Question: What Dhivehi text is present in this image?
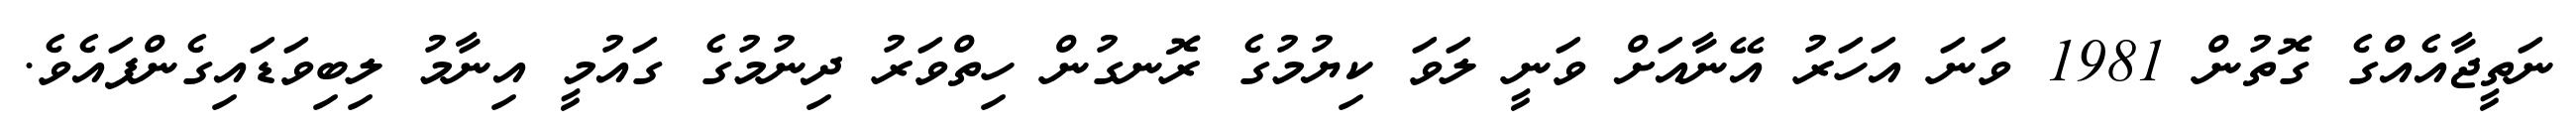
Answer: ނަތީޖާއެއްގެ ގޮތުން 1981 ވަނަ އަހަރު އޭނާއަށް ވަނީ ލަވަ ކިޔުމުގެ ރޮނގުން ހިތްވަރު ދިނުމުގެ ގައުމީ އިނާމު ލިބިވަޑައިގެންފައެވެ.